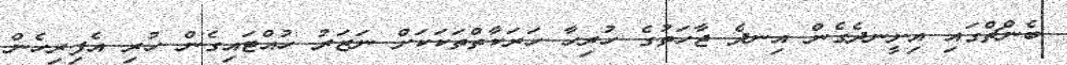
ބެންޗްގައި އިށީނދެގެން އިނދެ ޖާހަތުގެ ހުރިހާ ހަރަކާތްތަކަކަށް ނަޒަރު ހުއްޓައިގެން ހުރި އެފިރިހެން